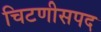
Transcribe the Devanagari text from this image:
चिटणीसपद